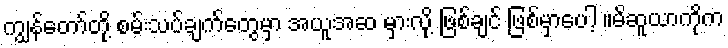
ကျွန်တော်တို့ စမ်းသပ်ချက်တွေမှာ အယူအဆ မှားလို့ ဖြစ်ချင် ဖြစ်မှာပေါ့ ။မိဆူယာကိုက